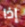
إذا